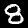
Digit: 8